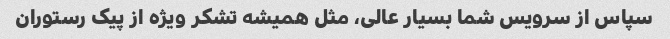
سپاس از سرویس شما بسیار عالی، مثل همیشه تشکر ویژه از پیک رستوران